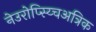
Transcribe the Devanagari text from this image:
नेउरोप्स्य्चिअत्रिक